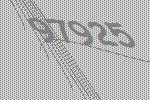
97925